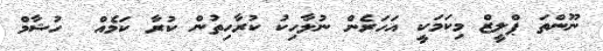
ނޫންތަ ޕްލީޒް މިކަމަކީ އަހަރެން ނުލާހިކު ކުރާހިތުން ކުރާ ކަމެއް  ހުޝާމް